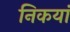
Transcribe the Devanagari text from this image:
निकयां